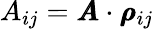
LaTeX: A_{ij}=\pmb{A}\cdot\pmb{\rho}_{ij}